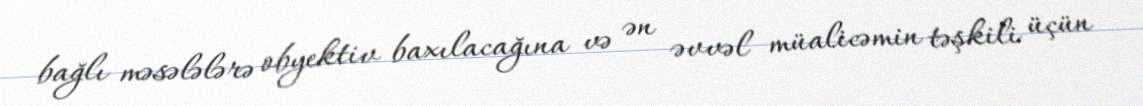
bağlı məsələlərə obyektiv baxılacağına və ən əvvəl müalicəmin təşkili üçün